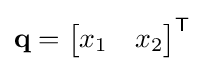
\mathbf {q} ={\begin{bmatrix}x_{1}&x_{2}\end{bmatrix}}^{\textsf {T}}